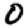
Digit: 0